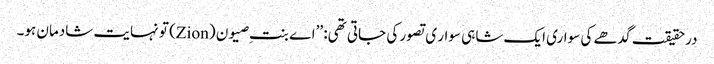
درحقیقت گدھے کی سواری ایک شاہی سوار ی تصور کی جاتی تھی: ’’اے بنتِ صیون (Zion) تو نہایت شادمان ہو۔